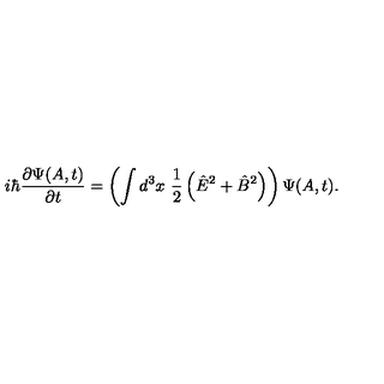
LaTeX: i \hbar { \frac { \partial \Psi ( A , t ) } { \partial t } } = \left( \int d ^ { 3 } x \ { \frac { 1 } { 2 } } \left( { \hat { E } } ^ { 2 } + { \hat { B } } ^ { 2 } \right) \right) \Psi ( A , t ) .